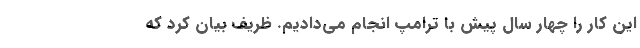
این کار را چهار سال پیش با ترامپ انجام می‌دادیم. ظریف بیان کرد که